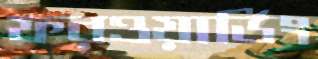
ফরওয়ার্ডিং